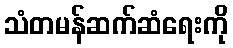
သံတမန်ဆက်ဆံရေးကို